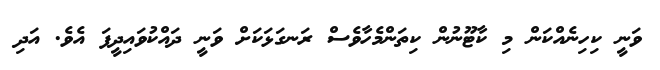
ވަނީ ކިހިނެއްކަން މި ކާޓޫނުން ކިތަންމެހާވެސް ރަނގަޅަކަށް ވަނީ ދައްކުވައިދީފަ އެވެ. އަދި